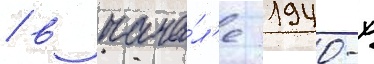
/ в нача́л'е 1940-х